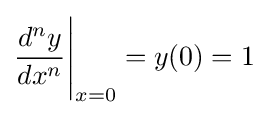
{\frac {d^{n}y}{dx^{n}}}{\Bigg |}_{x=0}=y(0)=1